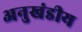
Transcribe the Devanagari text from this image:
अनुखंडीय